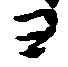
ヨ